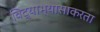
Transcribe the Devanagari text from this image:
विद्याभ्यासाकरता